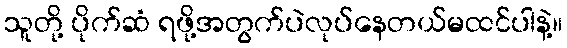
သူတို့ ပိုက်ဆံ ရဖို့အတွက်ပဲလုပ်နေတယ်မထင်ပါနဲ့။